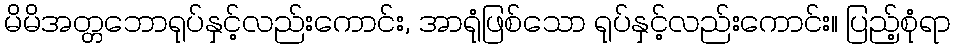
မိမိအတ္တဘောရုပ်နှင့်လည်းကောင်း, အာရုံဖြစ်သော ရုပ်နှင့်လည်းကောင်း။ ပြည့်စုံရာ